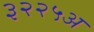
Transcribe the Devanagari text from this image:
३२२५अ